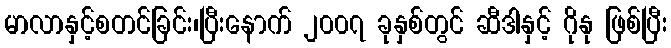
မာလာနှင့်စတင်ခြင်း၊ပြီးနောက် ၂၀၀၇ ခုနှစ်တွင် ဆီဒါနှင့် ဂိုနု ဖြစ်ပြီး